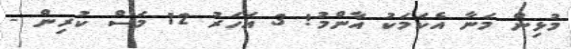
މުޅިން މަނާ އެކަމަކު އާންމު! 3 އަހަރު 12 މަސް ކުރިން -